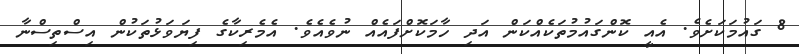
8 ގައުމަކަށެވެ. އެއީ ކޮންގައުމުތަކެއްކަން އަދި ހާމަކޮށްފައެއް ނުވެއެވެ. އެމެރިކާގެ ފިޔަވަޅުތަކުން އިސްތިސްނާ